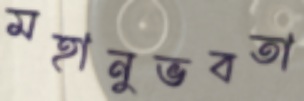
মহানুভবতা